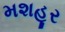
મશહૂર